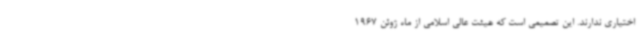
اختیاری ندارند. این تصمیمی است که هیئت عالی اسلامی‌ از ماه ژوئن 1967